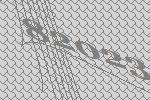
82023